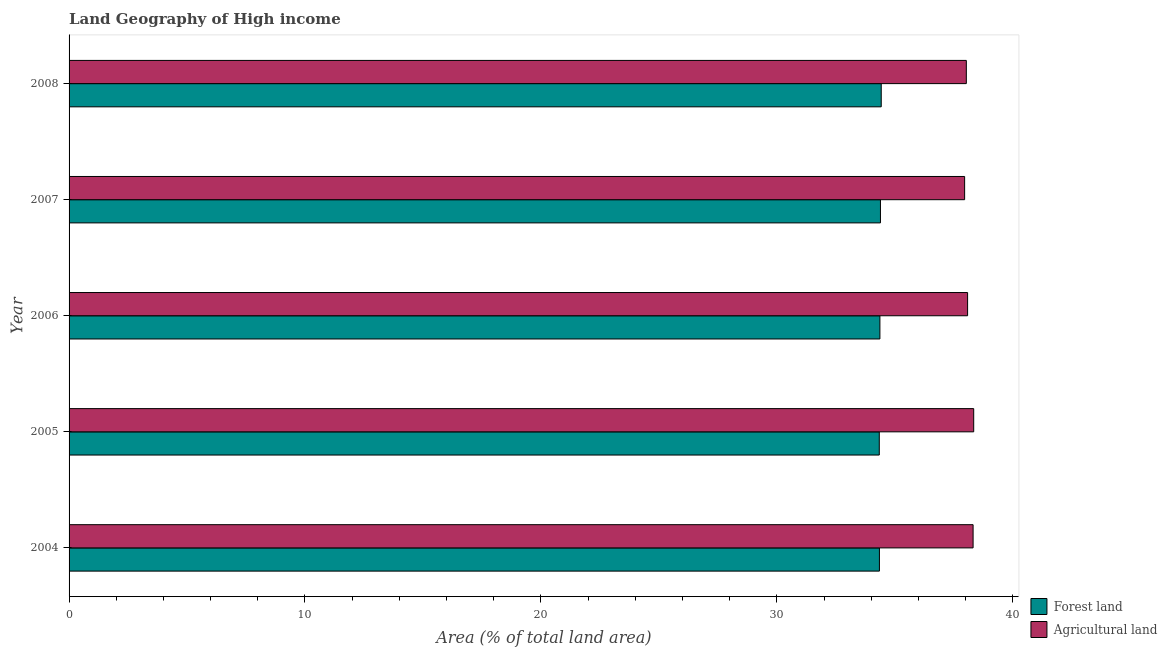
| Year | Forest land | Agricultural land |
 | --- | --- | --- |
 | 2004 | 34.3 | 38.3 |
 | 2005 | 34.3 | 38.3 |
 | 2006 | 34.4 | 38.1 |
 | 2007 | 34.4 | 38 |
 | 2008 | 34.4 | 38 |